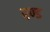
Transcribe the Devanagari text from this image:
रण्ड